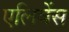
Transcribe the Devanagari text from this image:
एलिवेंस